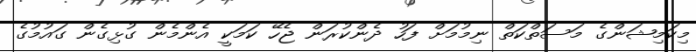
މިކަމިޝަންގެ މަސަތްކަތް ނިމުމަށް ފަހު ދެންކުރަން ޖެހޭ ކަމަކީ އެންމެން ގުޅިގެން ގައުމުގެ